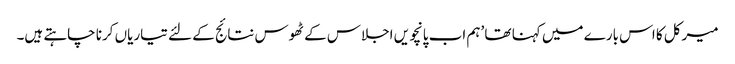
میرکل کا اس بارے میں کہنا تھا ’ہم اب پانچویں اجلاس کے ٹھوس نتائج کے لئے تیاریاں کرنا چاہتے ہیں۔